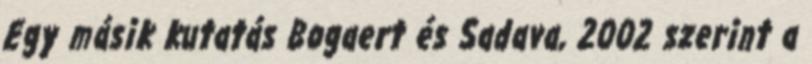
Egy másik kutatás Bogaert és Sadava, 2002 szerint a